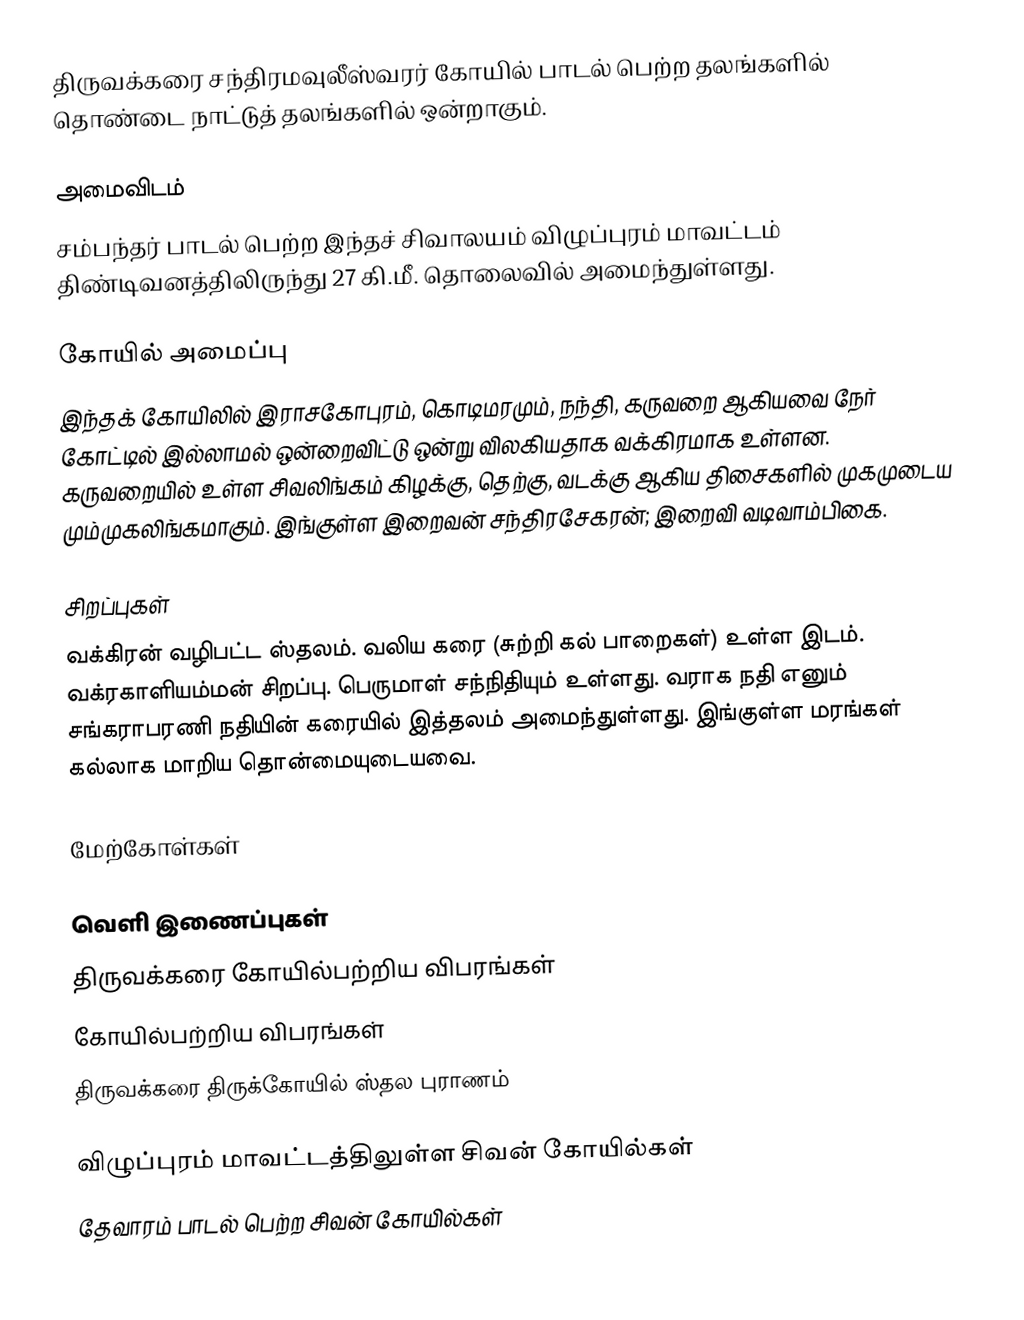
திருவக்கரை சந்திரமவுலீஸ்வரர் கோயில் பாடல் பெற்ற தலங்களில் தொண்டை நாட்டுத் தலங்களில் ஒன்றாகும்.

அமைவிடம்
சம்பந்தர் பாடல் பெற்ற இந்தச் சிவாலயம் விழுப்புரம் மாவட்டம் திண்டிவனத்திலிருந்து 27 கி.மீ. தொலைவில் அமைந்துள்ளது.

கோயில் அமைப்பு
இந்தக் கோயிலில் இராசகோபுரம், கொடிமரமும், நந்தி,  கருவறை ஆகியவை நேர் கோட்டில் இல்லாமல் ஒன்றைவிட்டு ஒன்று விலகியதாக வக்கிரமாக உள்ளன. கருவறையில் உள்ள சிவலிங்கம் கிழக்கு, தெற்கு, வடக்கு ஆகிய திசைகளில் முகமுடைய மும்முகலிங்கமாகும். இங்குள்ள இறைவன் சந்திரசேகரன்; இறைவி வடிவாம்பிகை.

சிறப்புகள்
வக்கிரன் வழிபட்ட ஸ்தலம். வலிய கரை (சுற்றி கல் பாறைகள்) உள்ள இடம். வக்ரகாளியம்மன் சிறப்பு. பெருமாள் சந்நிதியும் உள்ளது. வராக நதி எனும் சங்கராபரணி நதியின் கரையில் இத்தலம் அமைந்துள்ளது. இங்குள்ள மரங்கள் கல்லாக மாறிய தொன்மையுடையவை.

மேற்கோள்கள்

வெளி இணைப்புகள்
 திருவக்கரை கோயில்பற்றிய விபரங்கள்
 கோயில்பற்றிய விபரங்கள்
 திருவக்கரை திருக்கோயில் ஸ்தல புராணம்

விழுப்புரம் மாவட்டத்திலுள்ள சிவன் கோயில்கள்
தேவாரம் பாடல் பெற்ற சிவன் கோயில்கள்